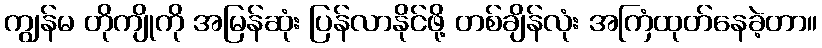
ကျွန်မ တိုကျိုကို အမြန်ဆုံး ပြန်လာနိုင်ဖို့ တစ်ချိန်လုံး အကြံထုတ်နေခဲ့တာ။